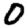
Digit: 0